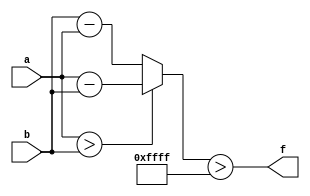
module wce_mit(a, b, f);
parameter _bit = 32;
parameter wce = 65535;
input [_bit - 1: 0] a;
input [_bit - 1: 0] b;
output f;
wire [_bit - 1: 0] diff;
assign diff = (a > b)? (a - b): (b - a);
assign f = (diff > wce);
endmodule